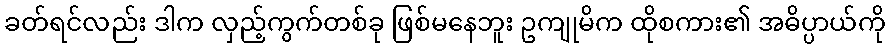
ခတ်ရင်လည်း ဒါက လှည့်ကွက်တစ်ခု ဖြစ်မနေဘူး ဥကျုမိက ထိုစကား၏ အဓိပ္ပာယ်ကို